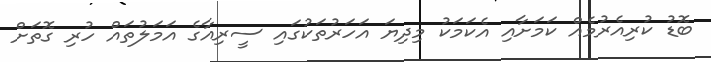
ބޮޑު ކުރިއެރުމެއް ކަމަށާއި އެކަމަކު މިދިޔަ އަހަރުތަކުގައި ސީރިއާގެ އަމަލުތައް ހުރި ގޮތަށް